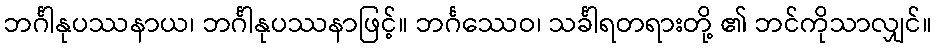
ဘင်္ဂါနုပဿနာယ၊ ဘင်္ဂါနုပဿနာဖြင့်။ ဘင်္ဂဿေဝ၊ သင်္ခါရတရားတို့ ၏ ဘင်ကိုသာလျှင်။